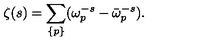
\zeta ( s ) = \sum _ { \{ p \} } ( \omega _ { p } ^ { - s } - \bar { \omega } _ { p } ^ { - s } ) { . }